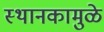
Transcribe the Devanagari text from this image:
स्थानकामुळे